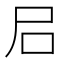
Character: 𡰪